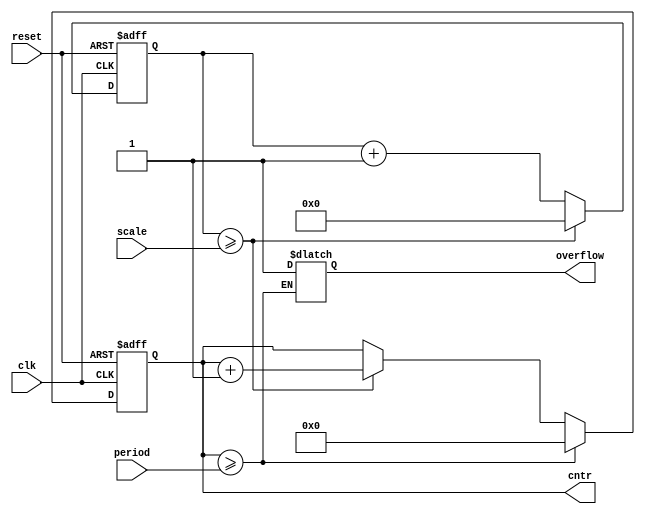
module timer 
(
	input wire 		clk,
	input wire 		reset,
	input wire [14:0]	scale,
	input wire [15:0]	period,

	output reg [15:0]	cntr,
	output reg		overflow
);
	reg [15:0]	cntr_next;
	reg [14:0]	scale_cntr, scale_cntr_next;

	always @(posedge reset, posedge clk)
	begin
		if (reset)
		begin
			cntr <= 16'b0;
			scale_cntr <= 15'b0;
		end
		else
		begin
			cntr <= cntr_next;
			scale_cntr <= scale_cntr_next;
		end
	end

	always @*
	begin
		scale_cntr_next = scale_cntr + 15'b1;
		cntr_next = cntr;

		if (scale_cntr >= scale)
		begin
			cntr_next = cntr + 16'b1;
			scale_cntr_next = 15'b0;
		end

		if (cntr >= period)
		begin
			cntr_next = 16'b0;
			overflow = 1'b1;
		end
	end
endmodule